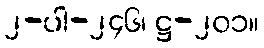
၂-ပါ-၂၄၆၊ ဋ္ဌ-၂၀၁။